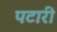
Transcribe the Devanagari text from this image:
पटारी